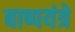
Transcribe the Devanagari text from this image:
बाष्पयंत्रे